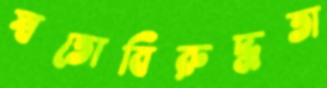
স্বতোবিরুদ্ধতা